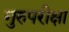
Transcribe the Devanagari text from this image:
गुरुपरीक्षा